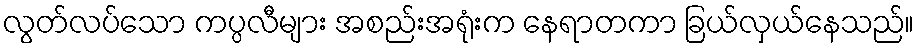
လွတ်လပ်သော ကပ္ပလီများ အစည်းအရုံးက နေရာတကာ ခြယ်လှယ်နေသည်။